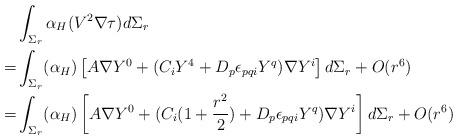
LaTeX: \begin{align*} & \int_{\Sigma_r } \alpha_{H} (V ^2 \nabla \tau)d \Sigma_r \\ = & \int_{\Sigma_r } (\alpha_H) \left [ A\nabla Y^0 + (C_i Y^4 + D_p \epsilon_{pqi} Y^q)\nabla Y^i \right] d \Sigma_r + O(r^6)\\ = & \int_{\Sigma_r } (\alpha_H) \left [ A\nabla Y^0 + (C_i (1+ \frac{r^2}{2}) + D_p \epsilon_{pqi} Y^q)\nabla Y^i \right] d \Sigma_r + O(r^6)\\ \end{align*}